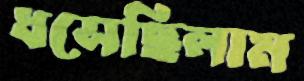
ধসেছিলাম